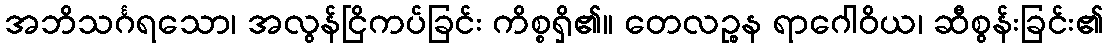
အဘိသင်္ဂရသော၊ အလွန်ငြိကပ်ခြင်း ကိစ္စရှိ၏။ တေလဉ္စန ရာဂေါဝိယ၊ ဆီစွန်းခြင်း၏